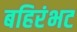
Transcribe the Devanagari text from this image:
बहिरंभट